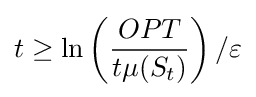
t\geq \ln \left({\frac {OPT}{t\mu (S_{t})}}\right)/\varepsilon \,\!